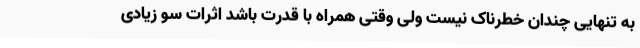
به تنهایی چندان خطرناک نیست ولی وقتی همراه با قدرت باشد اثرات سو زیادی